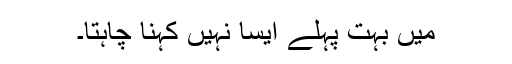
میں بہت پہلے ایسا نہیں کہنا چاہتا۔